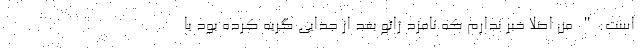
است:" من اصلا خبر ندارم که نامزد ژائو بعد از جدایی گریه کرده بود یا